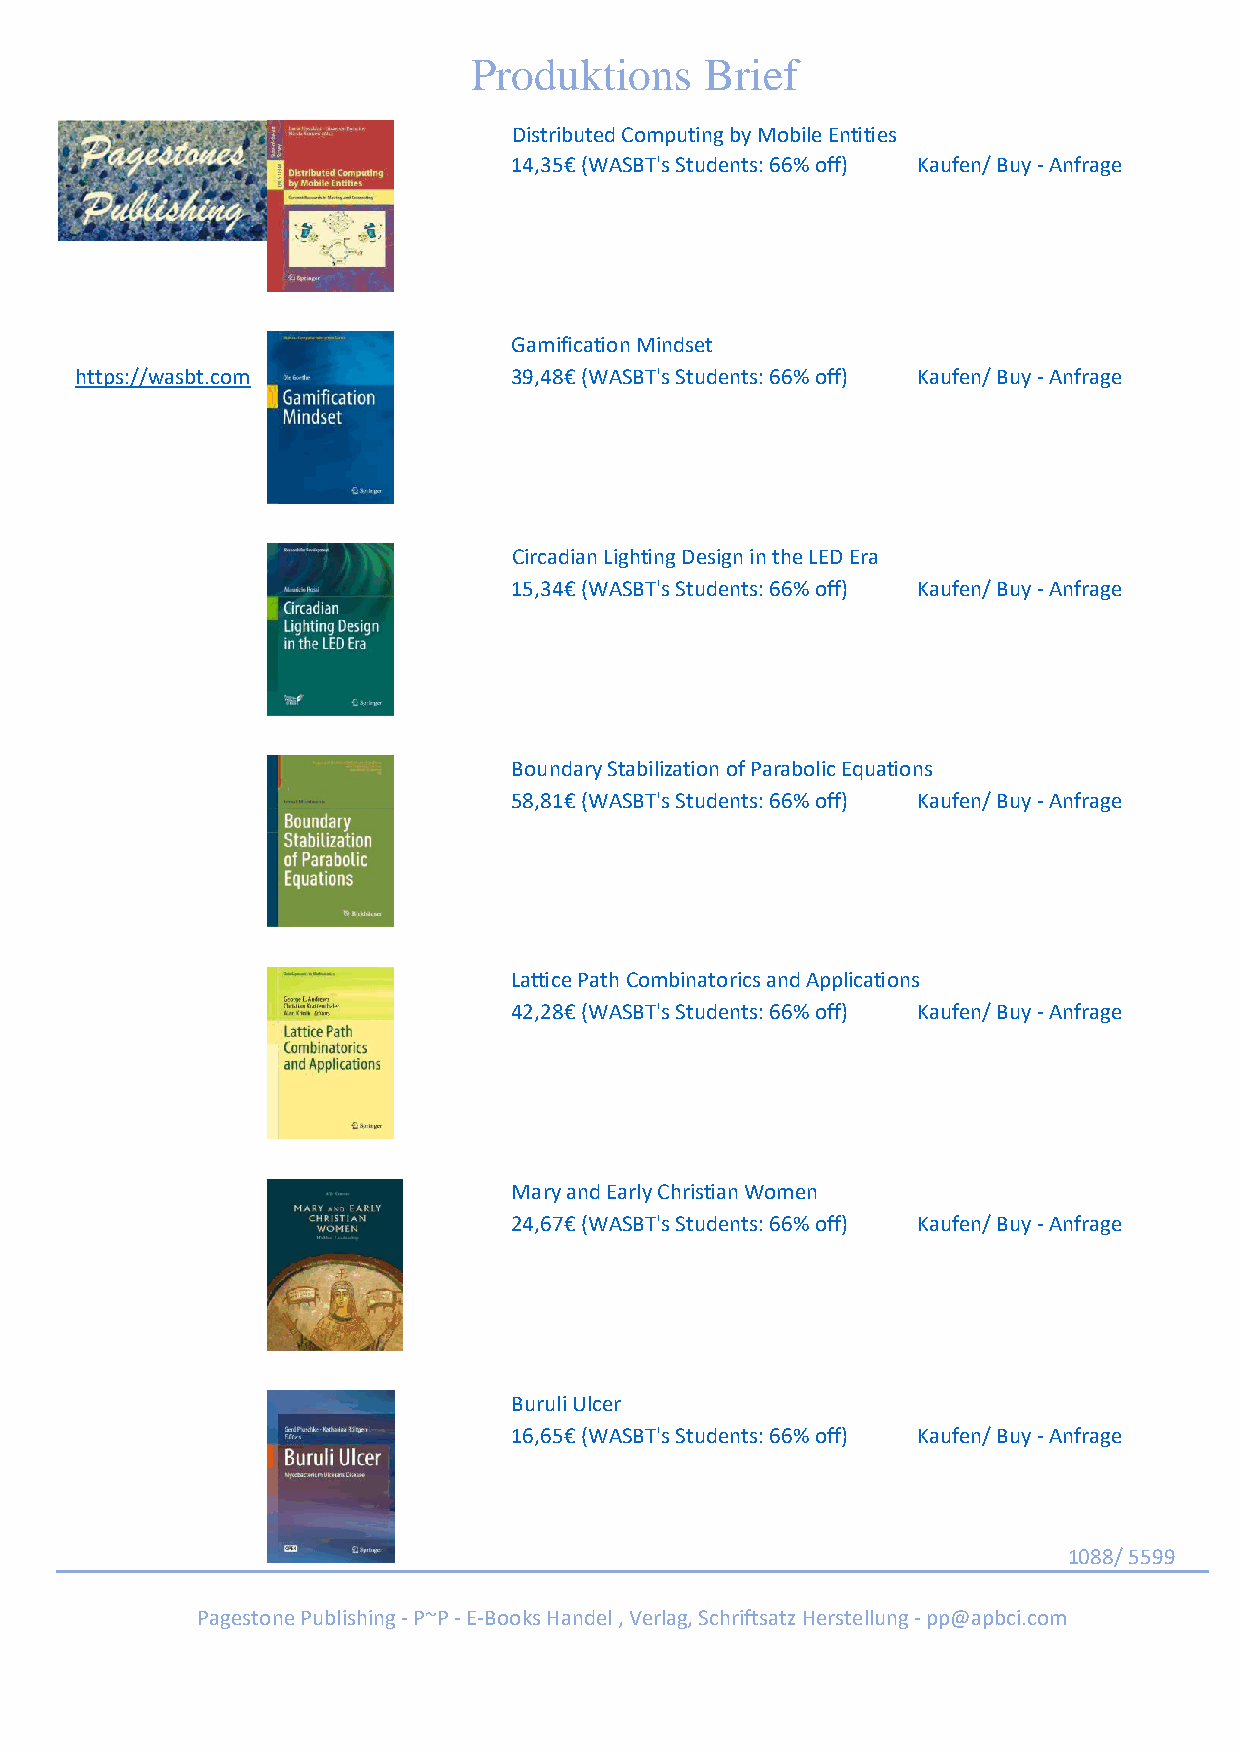
Produktions     Brief
 Distributed Computing by Mobile Entities
 14,35€ (WASBT's Students: 66% off) Kaufen/ Buy - Anfrage
 Gamification Mindset
 https://wasbt.com            39,48€ (WASBT's Students: 66% off) Kaufen/ Buy - Anfrage
 Circadian Lighting Design in the LED Era
 15,34€ (WASBT's Students: 66% off) Kaufen/ Buy - Anfrage
 Boundary Stabilization of Parabolic Equations
 58,81€ (WASBT's Students: 66% off) Kaufen/ Buy - Anfrage
 Lattice Path Combinatorics and Applications
 42,28€ (WASBT's Students: 66% off) Kaufen/ Buy - Anfrage
 Mary and Early Christian Women
 24,67€ (WASBT's Students: 66% off) Kaufen/ Buy - Anfrage
 Buruli Ulcer
 16,65€ (WASBT's Students: 66% off) Kaufen/ Buy - Anfrage
 1088/ 5599
 Pagestone Publishing - P~P - E-Books Handel , Verlag, Schriftsatz Herstellung - pp@apbci.com